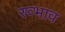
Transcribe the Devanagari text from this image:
स्व्भाव